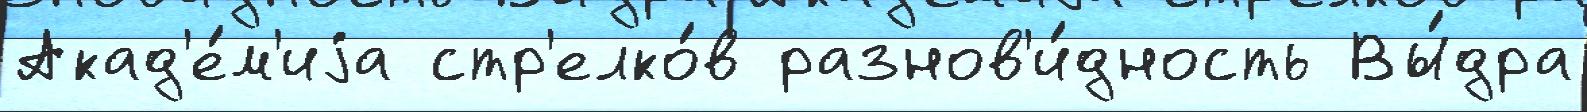
Акад'е́м'иjа стр'елко́в разнов'и́дность Вы́дра